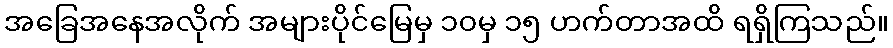
အခြေအနေအလိုက် အများပိုင်မြေမှ ၁၀မှ ၁၅ ဟက်တာအထိ ရရှိကြသည်။